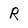
Character: R